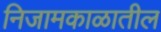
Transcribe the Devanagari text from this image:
निजामकाळातील